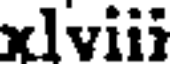
xlviii